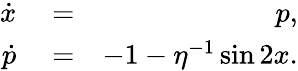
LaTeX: \begin{array}{rlr}{\dot{x}}&{{}=}&{p,}\\ {\dot{p}}&{{}=}&{-1-\eta^{-1}\sin 2x.}\end{array}